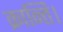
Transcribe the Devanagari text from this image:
क्रान्ति।